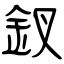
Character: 釵